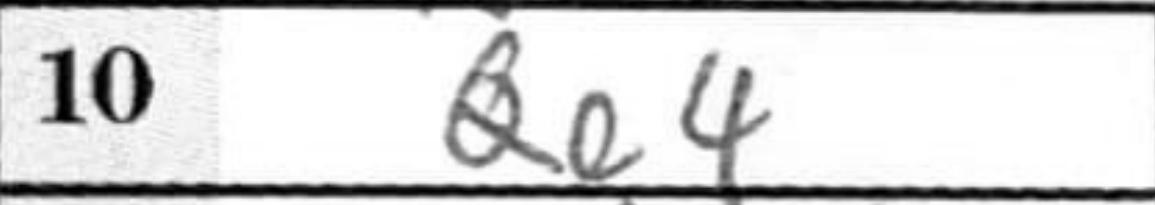
Transcription: Qe4